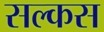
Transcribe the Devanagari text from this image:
सल्कस